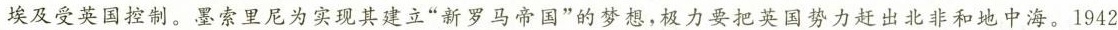
埃及受英国控制。墨索里尼为实现其建立”新罗马帝国”的梦想，极力要把英国势力赶出北非和地中海。1942